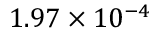
1 . 9 7 \times 1 0 ^ { - 4 }